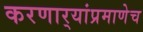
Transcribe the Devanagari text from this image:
करणार्‍यांप्रमाणेच